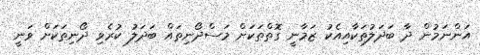
އަންނަމުން ދާ ބަދަލުތަކާއިއެކު ޒަމާނީ ގޮތްތަކަށް މަސްދޯނިތައް ބަދަލު ކުރެވި ދޯނިތަކަށް ވަނީ